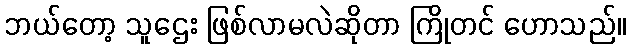
ဘယ်တော့ သူဌေး ဖြစ်လာမလဲဆိုတာ ကြိုတင် ဟောသည်။